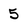
Character: 5